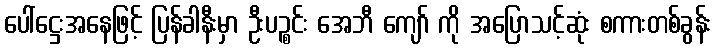
ပေါ်ဋ္ဌေးအနေဖြင့် ပြန်ခါနီးမှာ ဦးပဉ္စင်း အေဘီ ကျော် ကို အပြောသင့်ဆုံး စကားတစ်ခွန်း